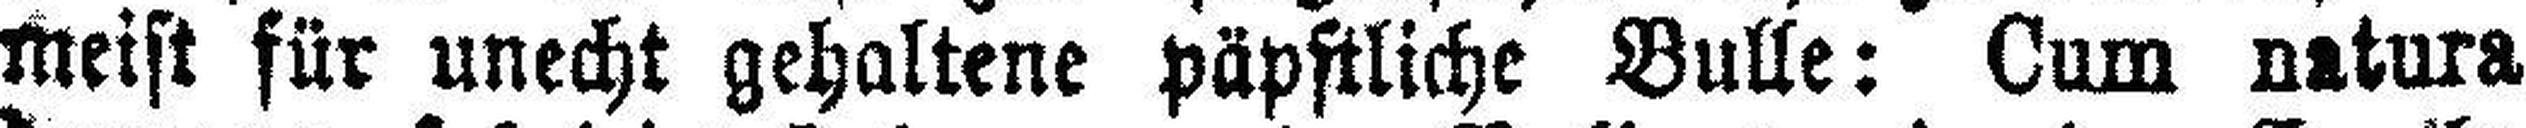
meist für unecht gehaltene päpstliche Bulle: 6um natura